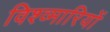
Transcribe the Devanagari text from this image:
विश्व्मारियों